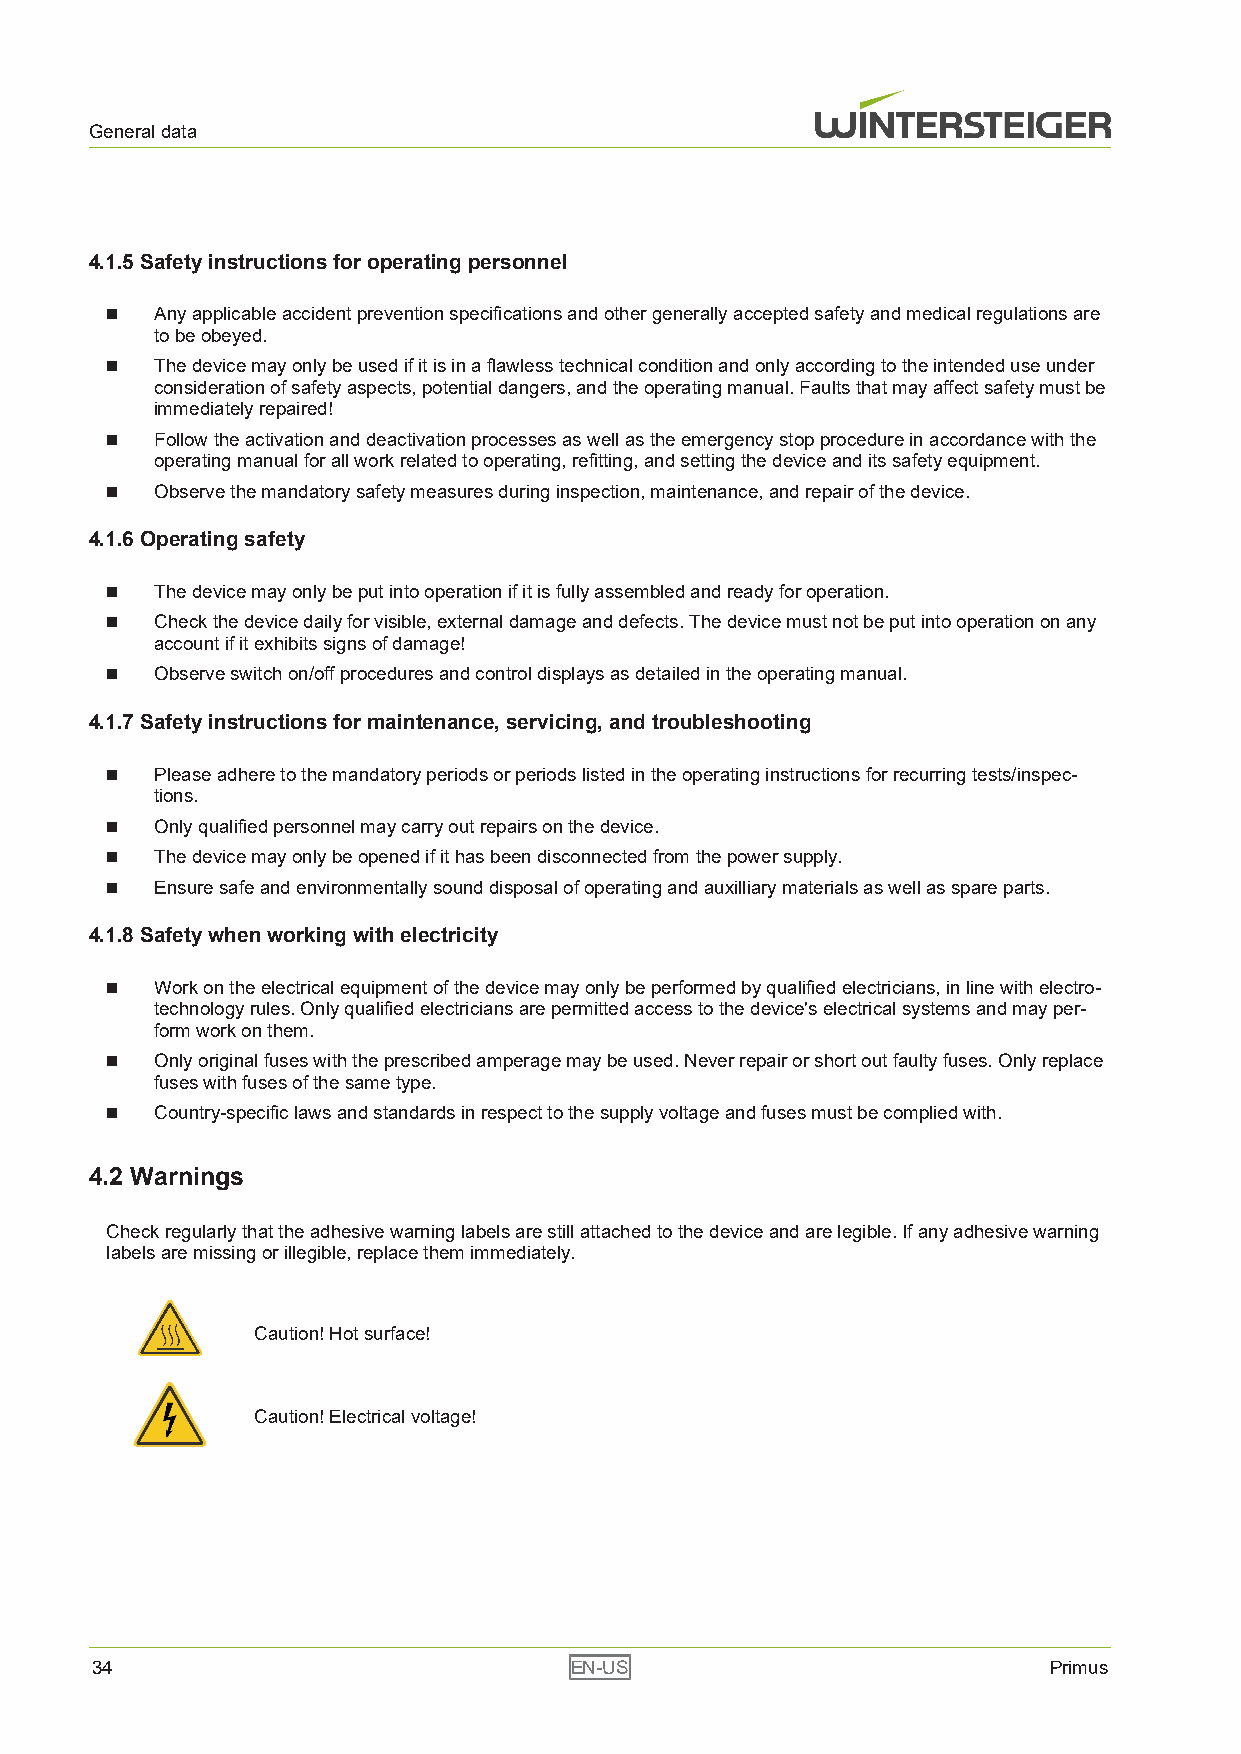
General data
 4.1.5 Safety instructions for operating personnel
 n  Any applicable accident prevention specifications and other generally accepted safety and medical regulations are
 to be obeyed.
 n  The device may only be used if it is in a flawless technical condition and only according to the intended use under
 consideration of safety aspects, potential dangers, and the operating manual. Faults that may affect safety must be
 immediately repaired!
 n  Follow the activation and deactivation processes as well as the emergency stop procedure in accordance with the
 operating manual for all work related to operating, refitting, and setting the device and its safety equipment.
 n  Observe the mandatory safety measures during inspection, maintenance, and repair of the device.
 4.1.6 Operating safety
 n  The device may only be put into operation if it is fully assembled and ready for operation.
 n  Check the device daily for visible, external damage and defects. The device must not be put into operation on any
 account if it exhibits signs of damage!
 n  Observe switch on/off procedures and control displays as detailed in the operating manual.
 4.1.7 Safety instructions for maintenance, servicing, and troubleshooting
 n  Please adhere to the mandatory periods or periods listed in the operating instructions for recurring tests/inspec-
 tions.
 n  Only qualified personnel may carry out repairs on the device.
 n  The device may only be opened if it has been disconnected from the power supply.
 n  Ensure safe and environmentally sound disposal of operating and auxilliary materials as well as spare parts.
 4.1.8 Safety when working with electricity
 n  Work on the electrical equipment of the device may only be performed by qualified electricians, in line with electro-
 technology rules. Only qualified electricians are permitted access to the device's electrical systems and may per-
 form work on them.
 n  Only original fuses with the prescribed amperage may be used. Never repair or short out faulty fuses. Only replace
 fuses with fuses of the same type.
 n  Country-specific laws and standards in respect to the supply voltage and fuses must be complied with.
 4.2 Warnings
 Check regularly that the adhesive warning labels are still attached to the device and are legible. If any adhesive warning
 labels are missing or illegible, replace them immediately.
 Caution! Hot surface!
 Caution! Electrical voltage!
 34                              EN-US                          Primus